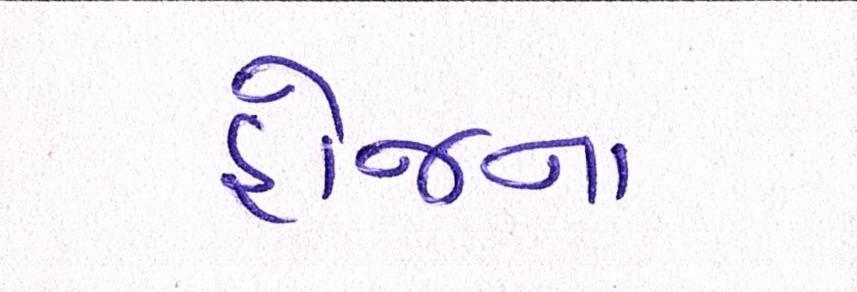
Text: હોજના